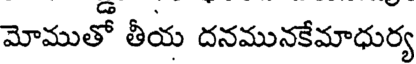
మోముతో తీయ దనమునకేమాధుర్య